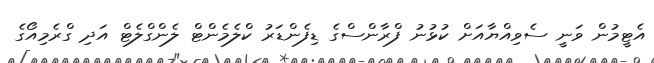
އެޓީމުން ވަނީ ސެވިއްޔާއަށް ކުޅުނު ފްރާންސްގެ ޑިފެންޑަރު ކްލެމެންޓް ލެންގްލެޓް އަދި ގްރެމިއޯގެ